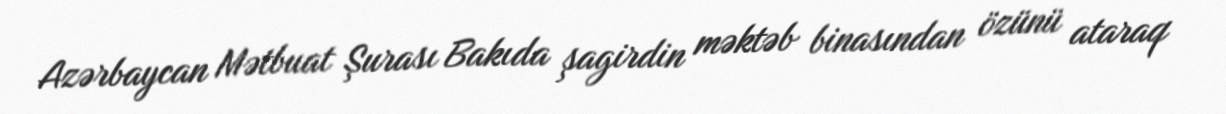
Azərbaycan Mətbuat Şurası Bakıda şagirdin məktəb binasından özünü ataraq